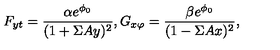
F _ { y t } = \frac { \alpha e ^ { \phi _ { 0 } } } { ( 1 + \Sigma A y ) ^ { 2 } } , G _ { x \varphi } = \frac { \beta e ^ { \phi _ { 0 } } } { ( 1 - \Sigma A x ) ^ { 2 } } ,